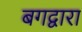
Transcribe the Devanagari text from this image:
बगद्वारा